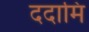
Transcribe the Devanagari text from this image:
ददामि